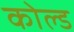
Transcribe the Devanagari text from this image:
कोल्‍ड